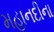
મહાનદીના